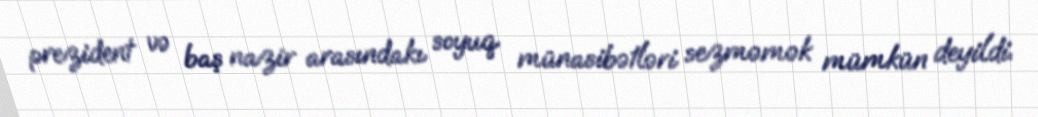
prezident və baş nazir arasındakı soyuq münasibətləri sezməmək mümkün deyildi.